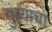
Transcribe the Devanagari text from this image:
तुंब्याचा